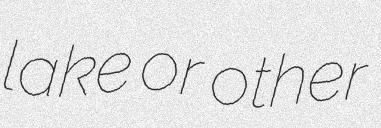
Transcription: lake or other